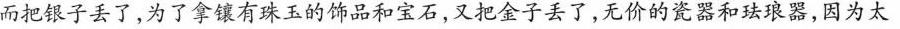
而把银子丢了，为了拿镶有珠玉的饰品和宝石，又把金子丢了，无价的瓷器和珐琅器，因为太